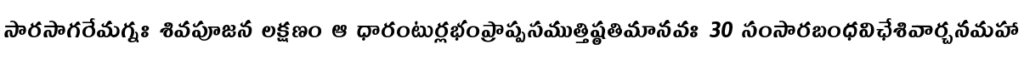
సారసాగరేమగ్నః శివపూజన లక్షణం ఆ ధారంటుర్లభంప్రాప్పసముత్తిష్ఠతిమానవః 30 సంసారబంధవిఛేశివార్చనమహా